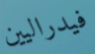
فيدراليين